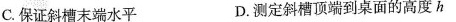
C.保证斜槽末端水平 D.测定斜槽顶端到桌面的高度h